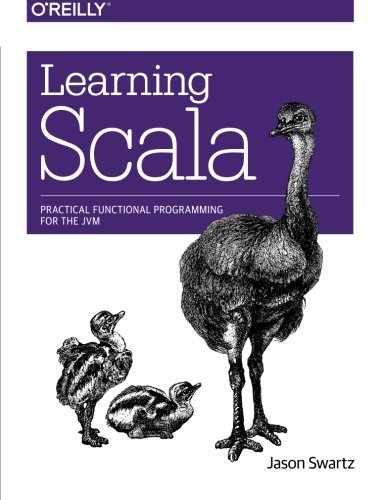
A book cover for Learning Scala: Practical Functional Programming for the JVM; Jason Swartz; Computers & Technology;